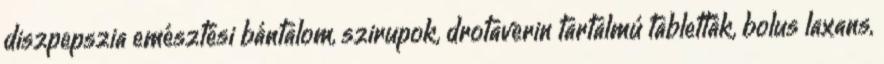
diszpepszia emésztési bántalom, szirupok, drotaverin tartalmú tabletták, bolus laxans,